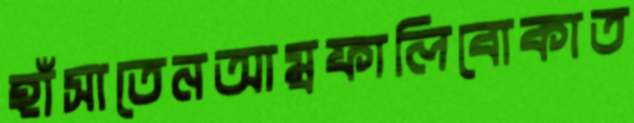
হাঁসাতেনআম্রফালিবোকাত